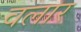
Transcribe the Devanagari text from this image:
वलार